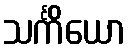
သင်္ကိယော